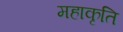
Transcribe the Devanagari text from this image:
महाकृति